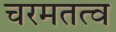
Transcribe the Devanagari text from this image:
चरमतत्व